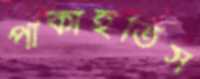
পাকাইতিস